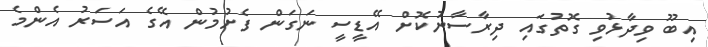
އިބޫ ވިދާޅުވި ގޮތުގައި ދިރާސާނުކޮށް އޭޑީސީ ނަގަން ފެށުމުން އޭގެ އަސަރު އެންމެ